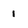
Character: 1